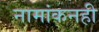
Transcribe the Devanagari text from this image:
नामांकनही